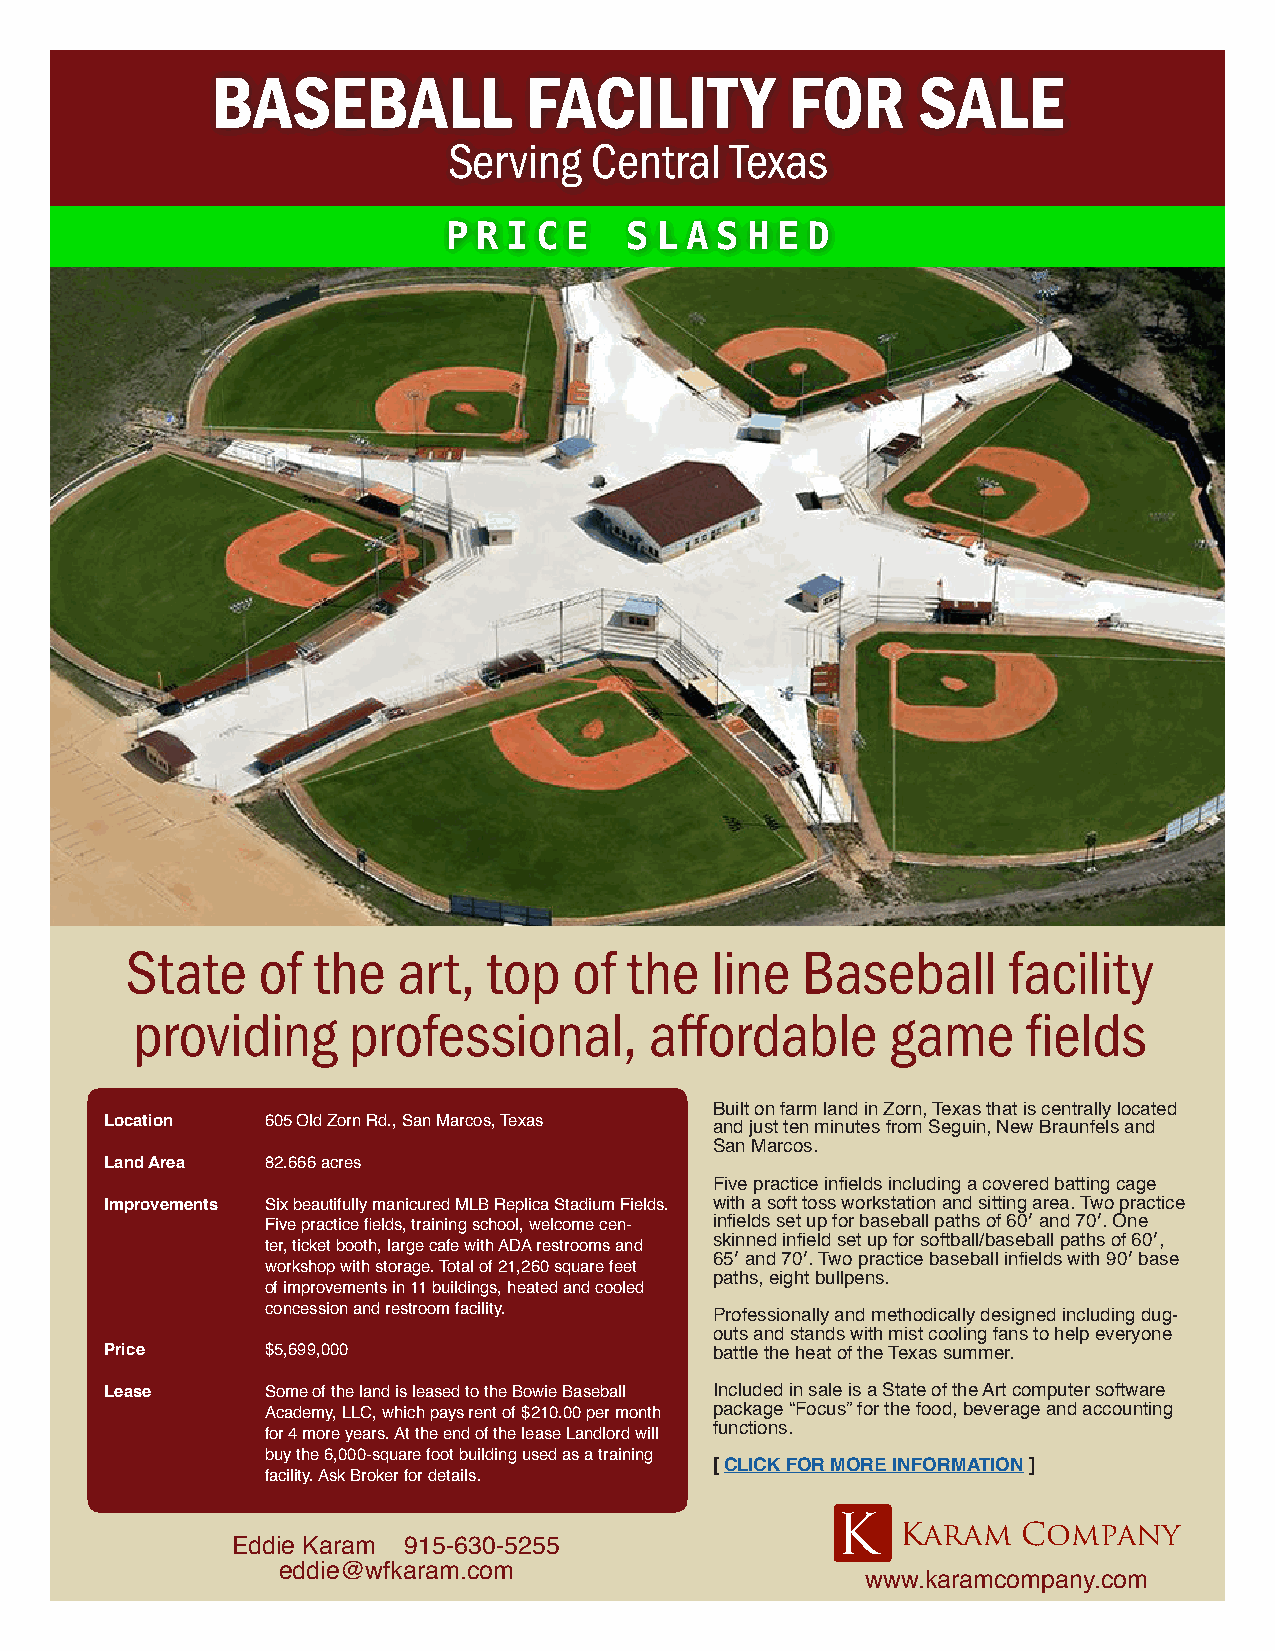
BASEBALL             FACILITY         FOR      SALE
 Serving  Central  Texas
 P R I C E  S L A S H E D
 State    of  the  art,  top   of  the  line  Baseball      facility
 providing     professional,       affordable      game     fields
 Built on farm land in Zorn, Texas that is centrally located
 Location   605 Old Zorn Rd., San Marcos, Texas
 and just ten minutes from Seguin, New Braunfels and
 San Marcos.
 Land Area  82.666 acres
 Five practice infields including a covered batting cage
 Improvements Six beautifully manicured MLB Replica Stadium Fields. with a soft toss workstation and sitting area. Two practice
 Five practice fields, training school, welcome cen- infields set up for baseball paths of 60′ and 70′. One
 ter, ticket booth, large cafe with ADA restrooms and skinned infield set up for softball/baseball paths of 60′,
 65′ and 70′. Two practice baseball infields with 90′ base
 workshop with storage. Total of 21,260 square feet
 paths, eight bullpens.
 of improvements in 11 buildings, heated and cooled
 concession and restroom facility.
 Professionally and methodically designed including dug-
 outs and stands with mist cooling fans to help everyone
 Price      $5,699,000                   battle the heat of the Texas summer.
 Lease      Some of the land is leased to the Bowie Baseball Included in sale is a State of the Art computer software
 Academy, LLC, which pays rent of $210.00 per month package “Focus” for the food, beverage and accounting
 for 4 more years. At the end of the lease Landlord will functions.
 buy the 6,000-square foot building used as a training
 [ CLICK FOR MORE INFORMATION ]
 facility. Ask Broker for details.
 K
 Karam   Company
 Eddie Karam 915-630-5255
 eddie@wfkaram.com
 www.karamcompany.com